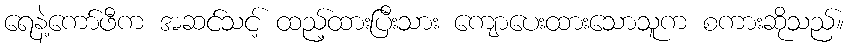
ရေနဲ့ကော်ဖီက အဆင်သင့် ထည့်ထားပြီးသား ကျောပေးထားသောသူက စကားဆိုသည်။